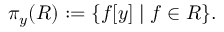
\pi _ { y } ( R ) : = \{ f [ y ] \mid f \in R \} .